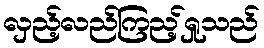
လှည့်လည်ကြည့်ရှုသည်